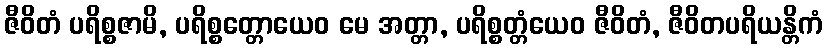
ဇီဝိတံ ပရိစ္စဇာမိ, ပရိစ္စတ္တောယေဝ မေ အတ္တာ, ပရိစ္စတ္တံယေဝ ဇီဝိတံ, ဇီဝိတပရိယန္တိကံ